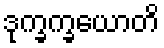
ဒုက္ခက္ခယောတိ